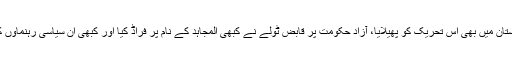
محاز راۓ شماری نے انڈیا کے زیر انتظام کشمیر اور گلگت بلتستان میں بھی اس تحریک کو پھیلایا، آزاد حکومت پر قابض ٹولے نے کبھی المجاہد کے نام پر فراڈ کیا اور کبھی ان سیاسی رہنماوں کو مہاجر اور بھارتی ایجنٹ کہہ کر ان کے خلاف کارروائی کی۔